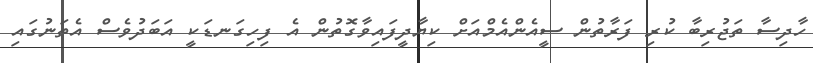
ހާދިސާ ތަޖުރިބާ ކުރި ފަރާތުން ސީއެންއެމްއަށް ކިޔާދީފަައިވާގޮތުން އެ ފިހިގަނޑަކީ އަބަދުވެސް އެތަނުގައި